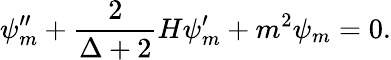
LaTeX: \psi_{m}^{\prime\prime}+\frac{2}{\Delta+2}H\psi_{m}^{\prime}+m^{2}\psi_{m}=0.